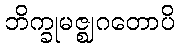
ဘိက္ခုမဇ္ဈဂတောပိ